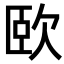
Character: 𣢮